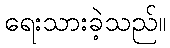
ရေးသားခဲ့သည်။